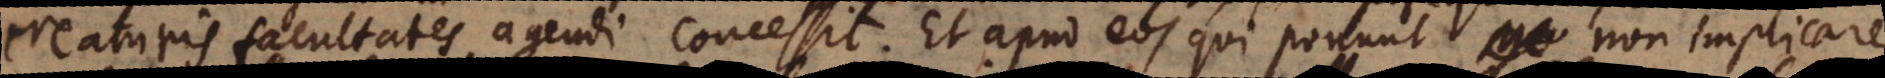
creaturis facultates agendi concessit. Et apud eos qui ponunt non implicare